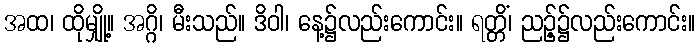
အထ၊ ထိုမျှို့။ အဂ္ဂိ၊ မီးသည်။ ဒိဝါ၊ နေ့၌လည်းကောင်း။ ရတ္တိံ၊ ညဉ့်၌လည်းကောင်း။